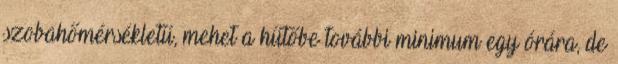
szobahőmérsékletű, mehet a hűtőbe további minimum egy órára, de